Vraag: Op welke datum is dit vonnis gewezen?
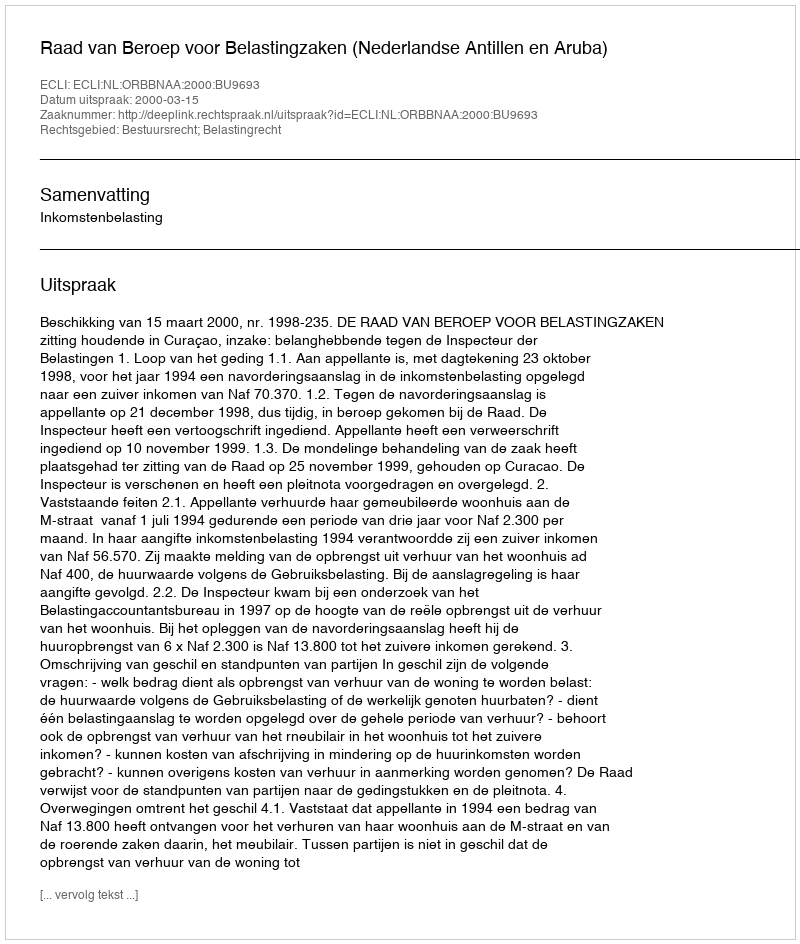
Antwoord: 2000-03-15